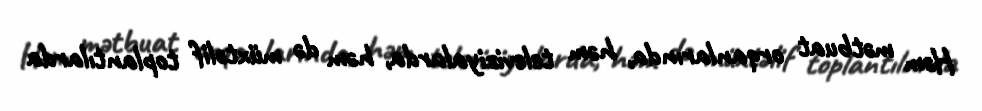
Həm mətbuat orqanlarında, həm televiziyalarda, həm də müxtəlif toplantılarda